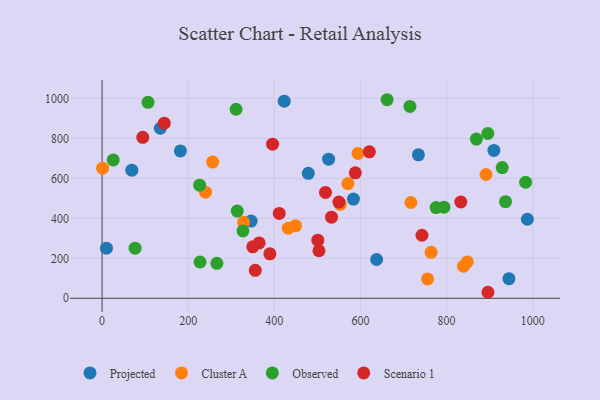
{"axis": {"x": "Distance", "y": "Rating"}, "legend": ["Cluster A", "Observed", "Projected", "Scenario 1"], "data": [{"x": "181.9", "y": 737.6, "type": "Projected"}, {"x": "637.5", "y": 194.0, "type": "Projected"}, {"x": "423.0", "y": 986.6, "type": "Projected"}, {"x": "69.1", "y": 641.5, "type": "Projected"}, {"x": "135.3", "y": 851.3, "type": "Projected"}, {"x": "478.9", "y": 625.7, "type": "Projected"}, {"x": "909.9", "y": 740.4, "type": "Projected"}, {"x": "346.1", "y": 386.7, "type": "Projected"}, {"x": "583.7", "y": 496.7, "type": "Projected"}, {"x": "734.6", "y": 718.3, "type": "Projected"}, {"x": "944.8", "y": 97.9, "type": "Projected"}, {"x": "10.2", "y": 250.6, "type": "Projected"}, {"x": "526.0", "y": 696.2, "type": "Projected"}, {"x": "987.6", "y": 395.7, "type": "Projected"}, {"x": "432.5", "y": 350.9, "type": "Cluster A"}, {"x": "717.1", "y": 479.6, "type": "Cluster A"}, {"x": "1.3", "y": 651.5, "type": "Cluster A"}, {"x": "839.2", "y": 160.5, "type": "Cluster A"}, {"x": "240.2", "y": 531.2, "type": "Cluster A"}, {"x": "594.3", "y": 725.4, "type": "Cluster A"}, {"x": "570.9", "y": 574.1, "type": "Cluster A"}, {"x": "891.5", "y": 619.6, "type": "Cluster A"}, {"x": "764.1", "y": 230.0, "type": "Cluster A"}, {"x": "553.1", "y": 470.6, "type": "Cluster A"}, {"x": "848.0", "y": 182.2, "type": "Cluster A"}, {"x": "755.9", "y": 97.0, "type": "Cluster A"}, {"x": "256.8", "y": 681.9, "type": "Cluster A"}, {"x": "328.7", "y": 380.5, "type": "Cluster A"}, {"x": "449.4", "y": 362.6, "type": "Cluster A"}, {"x": "793.9", "y": 455.9, "type": "Observed"}, {"x": "266.6", "y": 175.1, "type": "Observed"}, {"x": "25.9", "y": 692.7, "type": "Observed"}, {"x": "227.5", "y": 181.6, "type": "Observed"}, {"x": "226.6", "y": 566.3, "type": "Observed"}, {"x": "313.9", "y": 436.8, "type": "Observed"}, {"x": "327.2", "y": 337.0, "type": "Observed"}, {"x": "936.8", "y": 483.4, "type": "Observed"}, {"x": "106.8", "y": 981.1, "type": "Observed"}, {"x": "661.8", "y": 994.1, "type": "Observed"}, {"x": "983.5", "y": 580.8, "type": "Observed"}, {"x": "775.7", "y": 454.0, "type": "Observed"}, {"x": "311.2", "y": 946.4, "type": "Observed"}, {"x": "895.8", "y": 824.9, "type": "Observed"}, {"x": "76.7", "y": 250.6, "type": "Observed"}, {"x": "869.2", "y": 797.3, "type": "Observed"}, {"x": "929.1", "y": 654.2, "type": "Observed"}, {"x": "715.0", "y": 960.8, "type": "Observed"}, {"x": "501.0", "y": 290.7, "type": "Scenario 1"}, {"x": "355.8", "y": 139.7, "type": "Scenario 1"}, {"x": "364.7", "y": 277.3, "type": "Scenario 1"}, {"x": "532.8", "y": 406.2, "type": "Scenario 1"}, {"x": "503.7", "y": 238.0, "type": "Scenario 1"}, {"x": "350.0", "y": 257.7, "type": "Scenario 1"}, {"x": "389.7", "y": 222.3, "type": "Scenario 1"}, {"x": "411.4", "y": 425.0, "type": "Scenario 1"}, {"x": "550.0", "y": 481.4, "type": "Scenario 1"}, {"x": "620.7", "y": 733.2, "type": "Scenario 1"}, {"x": "588.1", "y": 628.2, "type": "Scenario 1"}, {"x": "395.9", "y": 771.4, "type": "Scenario 1"}, {"x": "896.0", "y": 30.0, "type": "Scenario 1"}, {"x": "144.4", "y": 876.8, "type": "Scenario 1"}, {"x": "94.5", "y": 805.7, "type": "Scenario 1"}, {"x": "742.8", "y": 315.5, "type": "Scenario 1"}, {"x": "518.8", "y": 530.0, "type": "Scenario 1"}, {"x": "833.1", "y": 481.9, "type": "Scenario 1"}]}